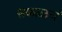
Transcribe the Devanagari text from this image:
सकाळचं